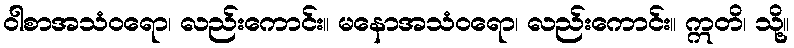
ဝါစာအသံဝရော၊ လည်းကောင်း။ မနောအသံဝရော၊ လည်းကောင်း။ ဣတိ၊ သို့။